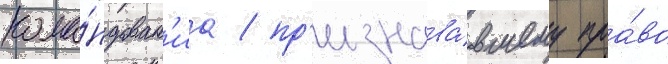
кома́ндован'иа / пр'изнава́вшему пра́во